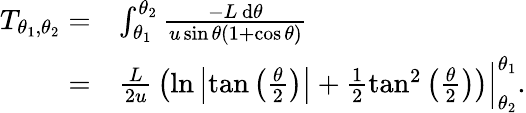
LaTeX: \begin{array}{rl}{T_{\theta_{1},\theta_{2}}=}&{\int_{\theta_{1}}^{\theta_{2}}\frac{-L\, \mathrm{d}\theta}{u\sin\theta(1+\cos\theta)}}\\ {=}&{\frac{L}{2u}\, \left(\ln\left|\tan\left(\frac{\theta}{2}\right)\right|+\frac{1}{2}\tan^{2}\left(\frac{\theta}{2}\right)\right)\Big\vert_{\theta_{2}}^{\theta_{1}}.}\end{array}